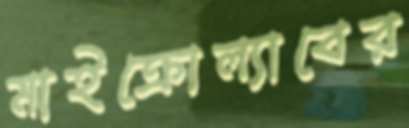
মাইক্রোল্যাবের